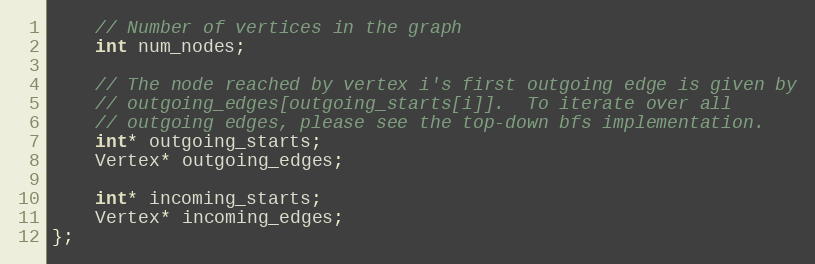
Language: C
    // Number of vertices in the graph
    int num_nodes;

    // The node reached by vertex i's first outgoing edge is given by
    // outgoing_edges[outgoing_starts[i]].  To iterate over all
    // outgoing edges, please see the top-down bfs implementation.
    int* outgoing_starts;
    Vertex* outgoing_edges;

    int* incoming_starts;
    Vertex* incoming_edges;
};